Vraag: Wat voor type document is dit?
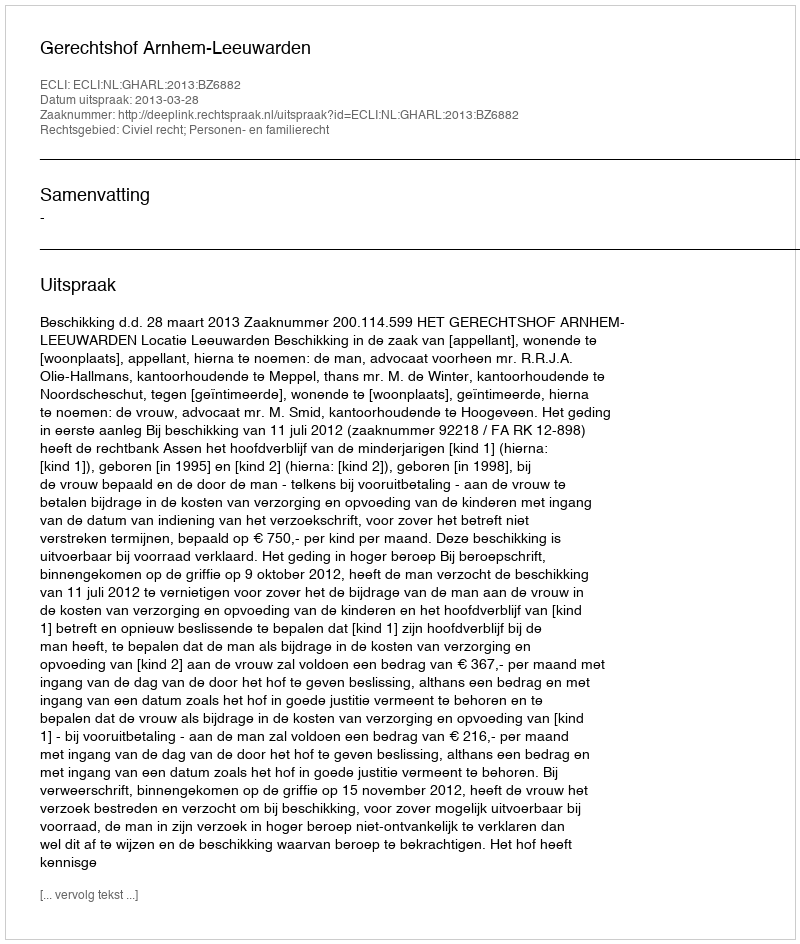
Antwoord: Uitspraak